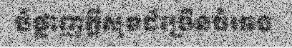
បំផ្លាញក្តីសុខដ៏ច្រើនធំធេង